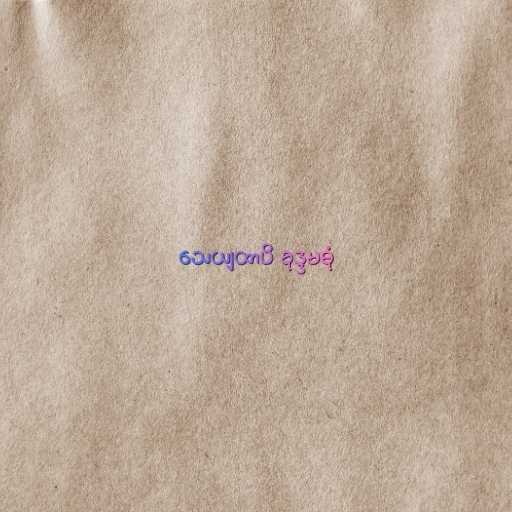
သေယျထာပိ ခုဒ္ဒမဓုံ